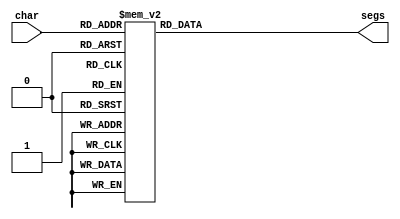
module seven_seg_1 (
    input [3:0] char,
    output reg [6:0] segs
  );
  
  
  
  always @* begin
    
    case (char)
      1'h0: begin
        segs = 7'h3f;
      end
      1'h1: begin
        segs = 7'h06;
      end
      2'h2: begin
        segs = 7'h5b;
      end
      2'h3: begin
        segs = 7'h4f;
      end
      3'h4: begin
        segs = 7'h66;
      end
      3'h5: begin
        segs = 7'h6d;
      end
      3'h6: begin
        segs = 7'h7d;
      end
      3'h7: begin
        segs = 7'h07;
      end
      4'h8: begin
        segs = 7'h7f;
      end
      4'h9: begin
        segs = 7'h67;
      end
      default: begin
        segs = 7'h00;
      end
    endcase
  end
endmodule